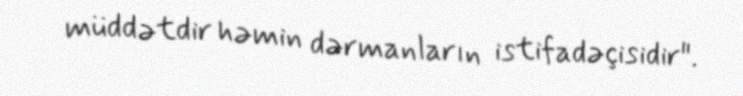
müddətdir həmin dərmanların istifadəçisidir".